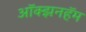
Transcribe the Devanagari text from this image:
ऑक्झनहॅम